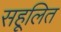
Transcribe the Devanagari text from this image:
सहूलित